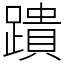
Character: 蹪